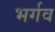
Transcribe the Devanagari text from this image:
भर्गव